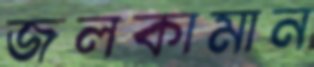
জলকামান